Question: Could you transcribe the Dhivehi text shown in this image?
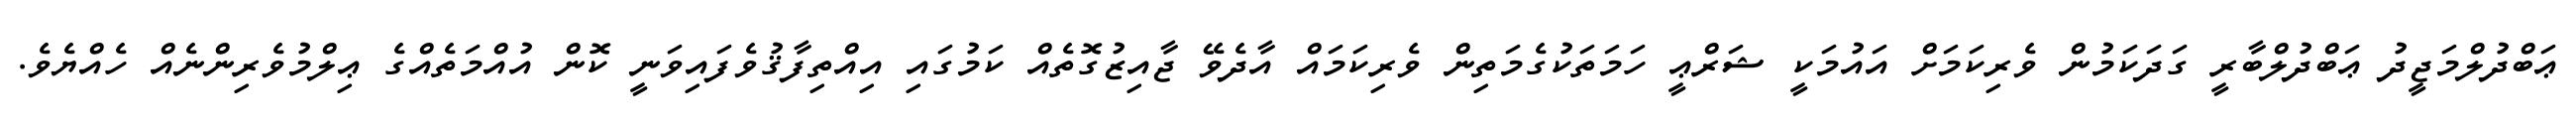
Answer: ޢަބްދުލްމަޖީދު ޢަބްދުލްބާރީ ގަދަކަމުން ވެރިކަމަށް އައުމަކީ ޝަރްޢީ ހަމަތަކުގެމަތިން ވެރިކަމައް އާދެވޭ ޖާއިޒުގޮތެއް ކަމުގައި އިއްތިފާޤުވެފައިވަނީ ކޮން އުއްމަތެއްގެ ޢިލްމުވެރިންނެއް ހެއްޔެވެ.